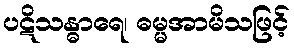
ပဋိသန္ဓာရေ၊ ဓမ္မအာမိသဖြင့်